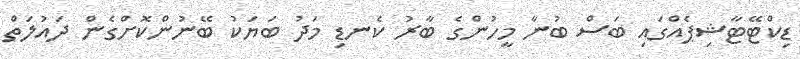
ޑިކްޓޭޓާޝިޕެއްގައި ބަސް ބުނާ މީހުންގެ ބާރު ކެނޑި މަދު ބަޔަކު ބޭނުންކޮށްގެން ދައުލަތް